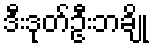
ဒီးဒုတ်ဦးဘချို